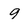
Character: 9